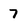
Character: 7